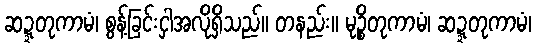
ဆဍ္ဍတုကာမံ၊ စွန့်ခြင်းငှါအလိုရှိသည်။ တနည်း။ မုဉ္စိတုကာမံ၊ ဆဍ္ဍတုကာမံ၊